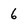
Character: 6